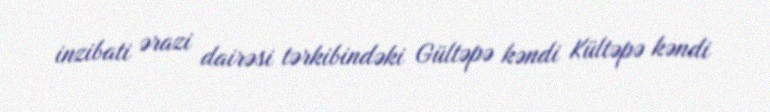
inzibati ərazi dairəsi tərkibindəki Gültəpə kəndi Kültəpə kəndi